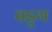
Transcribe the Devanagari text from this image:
वडुथ